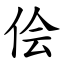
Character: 侩